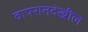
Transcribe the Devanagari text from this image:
वापरातदेखील